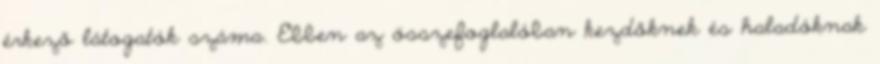
érkező látogatók száma. Ebben az összefoglalóban kezdőknek és haladóknak